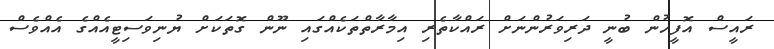
ރައީސް އޮފީހުން ބުނީ ދަރިވަރުންނަށް ރައްކާތެރި އިމާރާތްތަކެއްގައި ނޫން ގޮތަކަށް ޔުނިވަސިޓީއެއްގެ އެއްވެސް